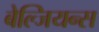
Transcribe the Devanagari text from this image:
बेल्जियन्स